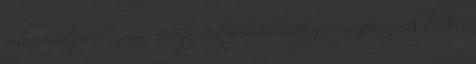
választópolgárok száma: 445 fő Polgármester választás eredménye A leadott